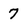
Character: 7